Report of the Indian Hemp Drugs Commission, 1894-1895 - Volume III
Year: 1894
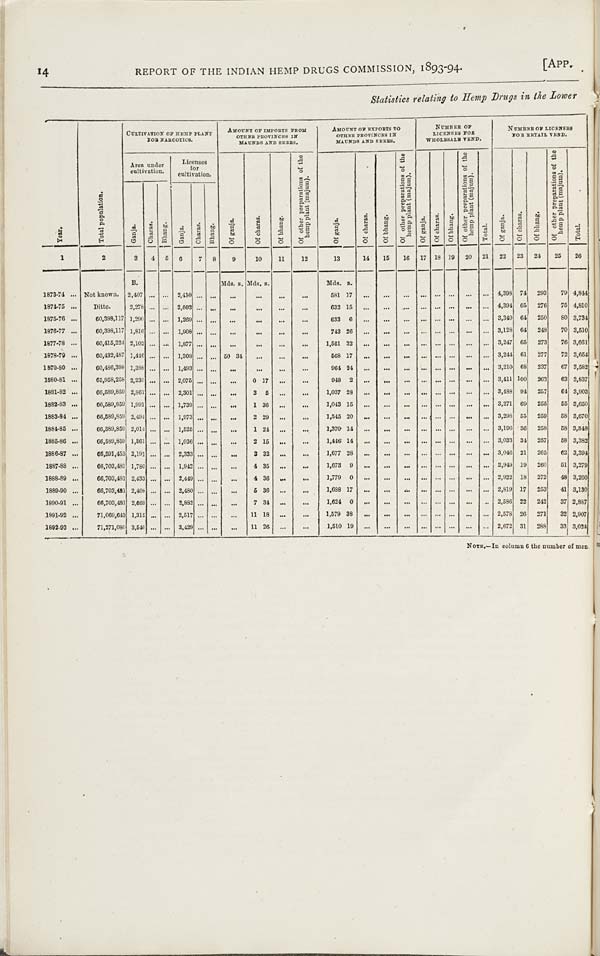
14
REPORT OF THE INDIAN HEMP DRUGS COMMISSION, 1893-94.
[APP.
Statistics relating to Hemp Drugs in the Lower
CULTIVATION OF HEMP PLANT
JOB NARCOTICS.
AMOUNT OF IMPORTS FROM
OTHER PROVINCE IN
MAUNDS AND SEERS.
AMOUNT OF EXPORTS TO
OTHER PROVINCES IN
MAUNDS AND SEERS.
NUMBER OF
LICENSES FOR
WHOLESALE VEND.
NUMBER OF LICENSES
FOR RETAIL VEND.
Area under
cultivation.
Licenses
for
cultivation.
Of ganja.
Of charas.
Of bhang.
Of other preparations of the
hemp plant (majum).
Of ganja.
Of charas.
Of bhang.
Of other preparations of the
hemp plant (majum).
Of ganja.
Of charas.
Of bhang.
Of other preparations of the
hemp plant (majum).
Total.
Of ganja.
Of charas.
Of bhang.
Of other preparations of the
hemp plant (majum).
Total.
Year.
Total population.
Ganja.
Charas.
Bhang.
Ganja.
Charas.
Bhang.
Of ganja.
Of charas.
Of bhang.
Of other preparations of the
hemp plant (majum).
Of ganja.
Of charas.
Of bhang.
Of other preparations of the
hemp plant (majum).
Of ganja.
Of charas.
Of bhang.
Of other preparations of the
hemp plant (majum).
Total.
Of ganja.
Of charas.
Of bhang.
Of other preparations of the
hemp plant (majum).
Total.
1
2
3
4
5
6
7
8
9
10
11
12
13
14
15
16
17 18 19
20
21
22
23 24
25
26
B.
Mds. s. Mds. s.
Mds. s.
1873-74
Not known. 2,407
2,410
581 17
4,398 74
293
79 4,844
1874-75
Ditto.
2,278
2,003
632 15
4,394 65
276
75 4,810
1876-76
60,398,117 1,290
1,269
633 6
3,340 64
250
80 3,734
1876-77
60,398,117 1,816
1,908
743 26
3,128 64
248
70 3,510
1877-78
60,415,224 2,102
1,877
1,561 32
3,247 65
273
76 3,661
1878-79
60,432,487 1,446
1,308
50 34
568 17
3,244 61
277
72 3,654
1879-80
60,486,398 1,388
1,493
964 24
3,210 68
237
67 3,582
1880-81
65,958,258 2,235
2,075
0 17
948 2
3,411 100
263
63 3,837
1881-82
66,589,859 2,861
2,301
3 5
1,037 28
3,488 94
257
64 3,903
1882-83
66,589,859 1,991
1,739
1 36
1,043 15
3,271 69
255
55 3,650
1883-84
66,589,859 2,494
1,973
2 29
1,545 20
3,298 55
259
58 3,670
1884-85
66,589,859 2,014
1,525
1 24
1,370 14
3,196 36
258
58 3,548
1885-86
66,589,859 1,861
1,036
2 15
1,446 14
3,033 34
257
58 3,382
1886-87
66,591,453 2,191
2,333
3 32
1,677 28
3,046 21
265
62 3,394
1887-88
66,703,481 1,780
1,942
4 35
1,673 9
2,949 19
260
51 3,279
1888-89
66,703,481 2,433
2,449
4 36
1,779 0
2,922 18
272
48 3,260
1889-90
66,703,481 2,408
2,480
5 36
1,688 17
2,819 17
253
41 3,130
1890-91
66,703,481 2,669
2,882
7 34
1,624 0
2,586 22
242
37 2,887
1891-92
71,069,643 1,315
2,517
11 18
1,579 38
2,578 26
271
32 2,907
1892-93
71,271,080 3,540
3,429
11 26
1,510 19
2,672 31
288
33 3,024
NOTE.—In column 6 the number of men.